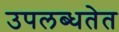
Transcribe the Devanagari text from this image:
उपलब्धतेत